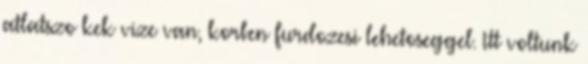
atlatszo kek vize van, korben furdozesi lehetoseggel. Itt voltunk